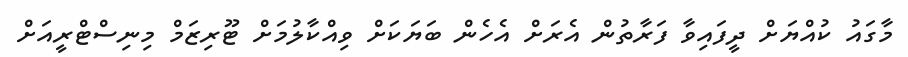
މާގައު ކުއްޔަށް ދީފައިވާ ފަރާތުން އެރަށް އެހެން ބަޔަކަށް ވިއްކާލުމަށް ޓޫރިޒަމް މިނިސްޓްރީއަށް